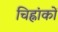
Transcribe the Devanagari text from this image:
चिह्नांकों